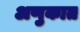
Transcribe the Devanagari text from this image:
अणुकात